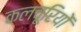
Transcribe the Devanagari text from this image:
कलचूरियों